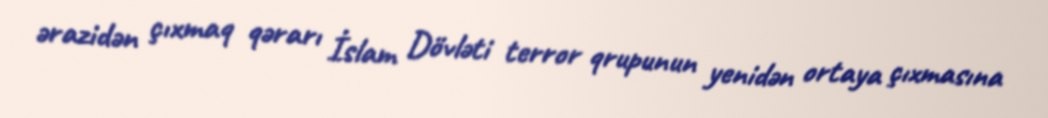
ərazidən çıxmaq qərarı İslam Dövləti terror qrupunun yenidən ortaya çıxmasına